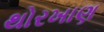
થોરખાણ